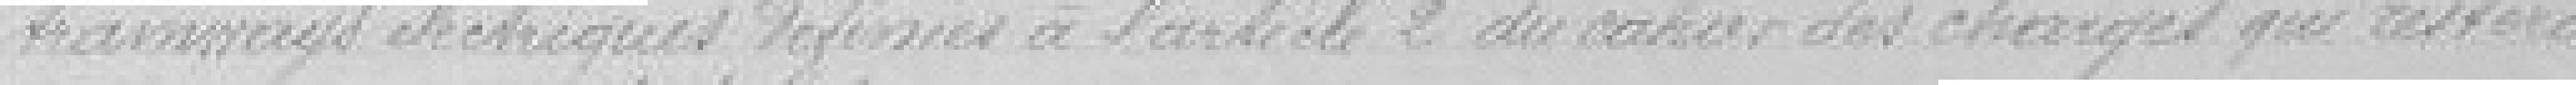
tramways électriques, définies à l'article 2 du cahier des charges qui restera